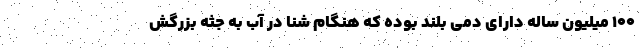
۱۰۰ میلیون ساله دارای دمی بلند بوده که هنگام شنا در آب به جثه بزرگش